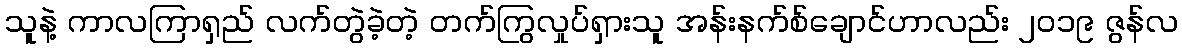
သူနဲ့ ကာလကြာရှည် လက်တွဲခဲ့တဲ့ တက်ကြွလှုပ်ရှားသူ အန်းနက်စ်ချောင်ဟာလည်း ၂၀၁၉ ဇွန်လ